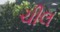
ચીલ